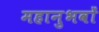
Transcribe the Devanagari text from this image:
महानुभवों